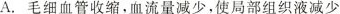
A.毛细血管收缩，血流量减少，使局部组织液减少